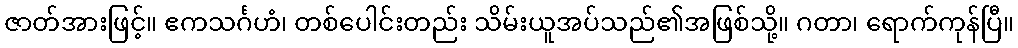
ဇာတ်အားဖြင့်။ ဧကသင်္ဂဟံ၊ တစ်ပေါင်းတည်း သိမ်းယူအပ်သည်၏အဖြစ်သို့။ ဂတာ၊ ရောက်ကုန်ပြီ။